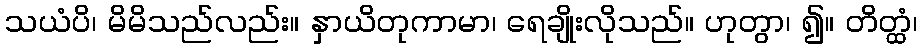
သယံပိ၊ မိမိသည်လည်း။ နှာယိတုကာမာ၊ ရေချိုးလိုသည်။ ဟုတွာ၊ ၍။ တိတ္ထံ၊